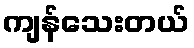
ကျန်သေးတယ်